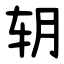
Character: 䢁